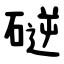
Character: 磀